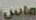
ماس